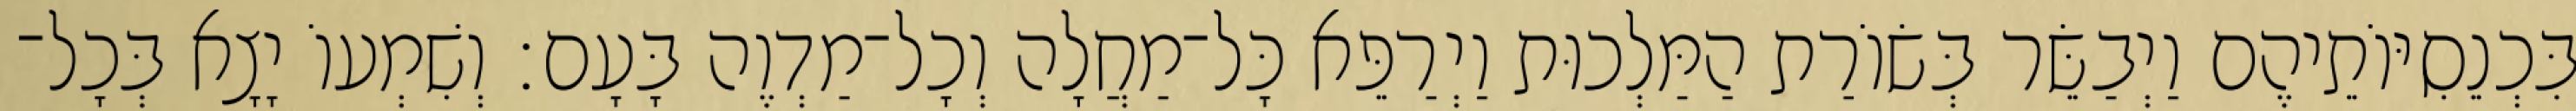
בִּכְנֵסִיּוֹתֵיהֶם וַיְבַשֵּׂר בְּשׂוֹרַת הַמַּלְכוּת וַיְרַפֵּא כָּל־מַחֲלָה וְכָל־מַדְוֶה בָּעָם׃ וְשִׁמְעוֹ יָצָא בְּכָל־